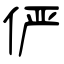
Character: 俨